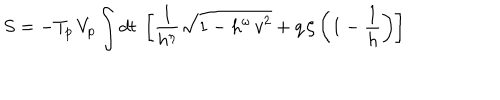
S = - T _ { p } \, V _ { p } \int d t \; \left[ \frac { 1 } { h ^ { \eta } } \sqrt { 1 - h ^ { \omega } \, v ^ { 2 } } + q \, \zeta \left( 1 - \frac { 1 } { h } \right) \right]